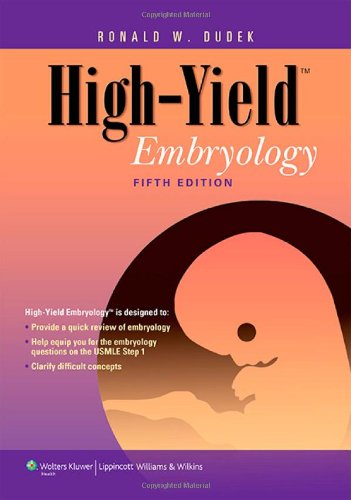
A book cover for High-Yield Embryology (High-Yield  Series); Dr. Ronald W. Dudek PhD; Medical Books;